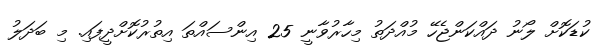
ކުޑަކޮށް ލޯނު ދައްކަންޖެހޭ މުއްދަތު މިހާރުވާނީ 25 އިންސައްތަ އިތުރުކޮށްދީފައި. މި ބަދަލު